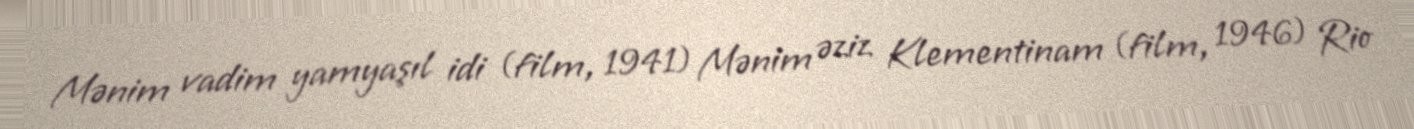
Mənim vadim yamyaşıl idi (film, 1941) Mənim əziz Klementinam (film, 1946) Rio